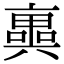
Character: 𠆑